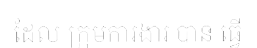
ដែល ក្រុមការងារ បាន ធ្វើ